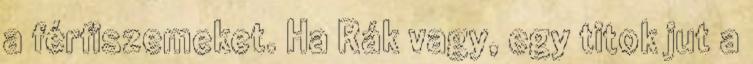
a férfiszemeket. Ha Rák vagy, egy titok jut a